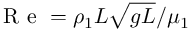
\mathrm { ~ R ~ e ~ } = \rho _ { 1 } L \sqrt { g L } / \mu _ { 1 }